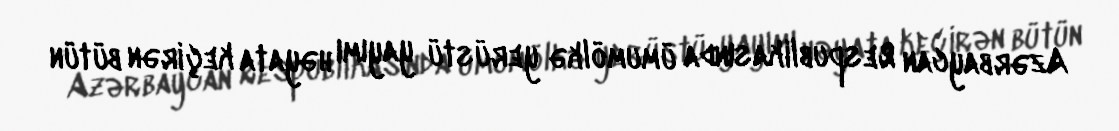
Azərbaycan Respublikasında ümumölkə yerüstü yayımı həyata keçirən bütün